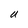
Character: U